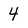
Character: 4